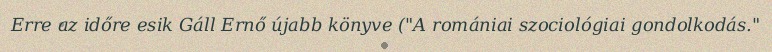
Erre az időre esik Gáll Ernő újabb könyve ("A romániai szociológiai gondolkodás."